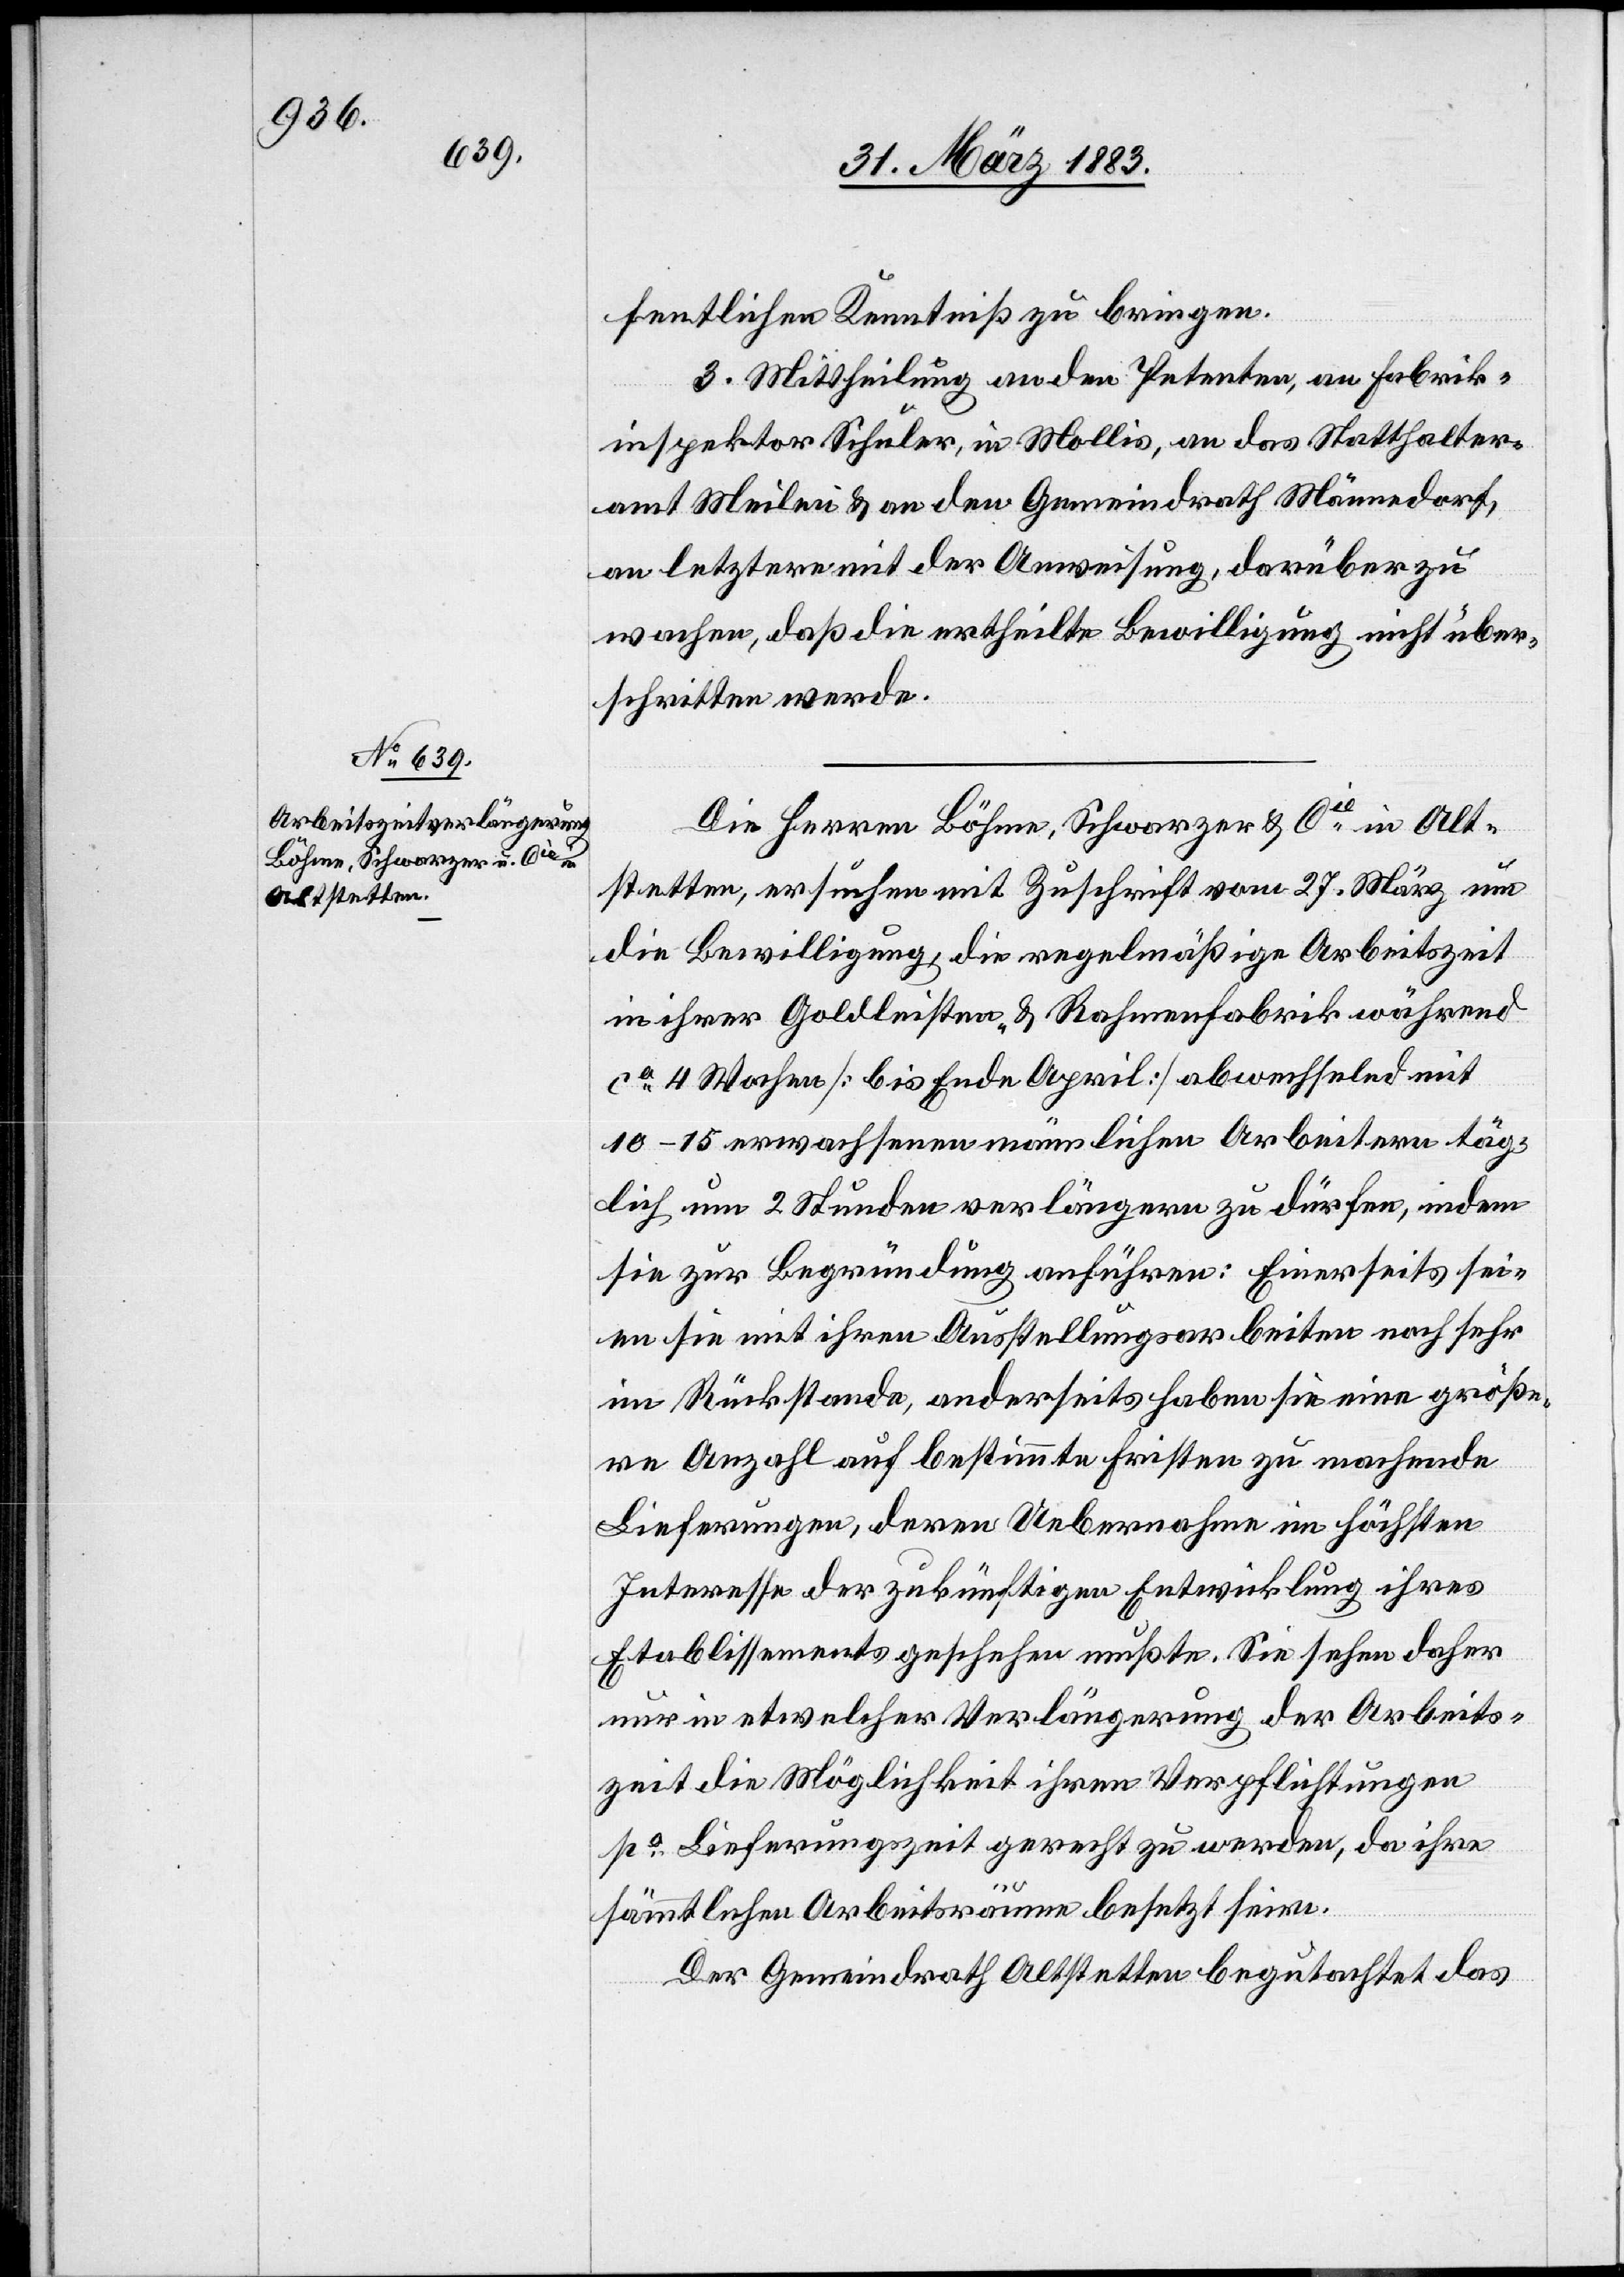
fentlichen Kenntniß zu bringen.
3. Mittheilung an den Petenten, an Fabrik¬
inspektor Schuler, in Mollis, an das Statthalter¬
amt Meilen & an den Gemeindrath Männedorf,
an letztere mit der Anweisung, darüber zu
wachen, daß die ertheilte Bewilligung nicht über¬
schritten werde.
Die Herren Böhme, Schwarzer & Cie in Alt¬
stetten, ersuchen mit Zuschrift vom 27. März um
die Bewilligung, die regelmäßige Arbeitszeit
in ihrer Goldleisten- & Rahmenfabrik während
ca 4 Wochen [bis Ende April] abwechselnd mit
10–15 erwachsenen männlichen Arbeitern täg¬
lich um 2 Stunden verlängern zu dürfen, indem
sie zur Begründung anführen: Einerseits sei¬
en sie mit ihren Ausstellungsarbeiten noch sehr
im Rückstande, anderseits haben sie eine größe¬
re Anzahl auf bestimmte Fristen zu machende
Lieferungen, deren Uebernahme im höchsten
Interesse der zukünftigen Entwicklung ihres
Etablissements geschehen mußte. Sie sehen daher
nur in etwelcher Verlängerung der Arbeits¬
zeit die Möglichkeit ihren Verpflichtungen
po Lieferungszeit gerecht zu werden, da ihre
sämmtlichen Arbeitsräume besetzt seien.
Der Gemeindrath Altstetten begutachtet das